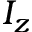
I _ { z }